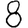
Digit: 8